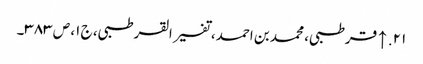
۲۱. ↑ قرطبی، محمد بن احمد، تفسیر القرطبی، ج ۱، ص ۳۸۳۔